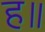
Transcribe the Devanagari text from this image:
ह॥